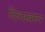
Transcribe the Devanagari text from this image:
दिव्यस्वरूप